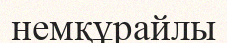
немқұрайлы